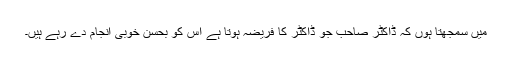
میں سمجھتا ہوں کہ ڈاکٹر صاحب جو ڈاکٹر کا فریضہ ہوتا ہے اس کو بحسن خوبی انجام دے رہے ہیں۔